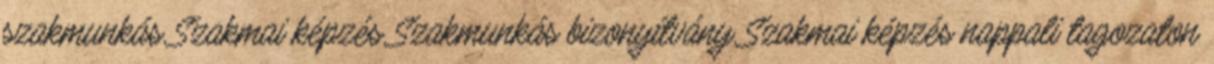
szakmunkás Szakmai képzés Szakmunkás bizonyítvány Szakmai képzés nappali tagozaton